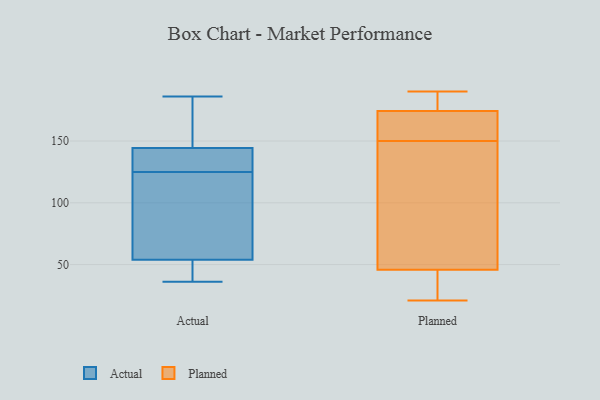
{"axis": {"x": "Market Share (%)", "y": "Value"}, "legend": ["Actual", "Planned"], "data": [{"x": "", "y": 49, "type": "Actual"}, {"x": "", "y": 39, "type": "Actual"}, {"x": "", "y": 36, "type": "Actual"}, {"x": "", "y": 179, "type": "Actual"}, {"x": "", "y": 63, "type": "Actual"}, {"x": "", "y": 57, "type": "Actual"}, {"x": "", "y": 170, "type": "Actual"}, {"x": "", "y": 139, "type": "Actual"}, {"x": "", "y": 66, "type": "Actual"}, {"x": "", "y": 53, "type": "Actual"}, {"x": "", "y": 146, "type": "Actual"}, {"x": "", "y": 139, "type": "Actual"}, {"x": "", "y": 139, "type": "Actual"}, {"x": "", "y": 125, "type": "Actual"}, {"x": "", "y": 186, "type": "Actual"}, {"x": "", "y": 183, "type": "Planned"}, {"x": "", "y": 21, "type": "Planned"}, {"x": "", "y": 190, "type": "Planned"}, {"x": "", "y": 75, "type": "Planned"}, {"x": "", "y": 169, "type": "Planned"}, {"x": "", "y": 36, "type": "Planned"}, {"x": "", "y": 25, "type": "Planned"}, {"x": "", "y": 150, "type": "Planned"}, {"x": "", "y": 172, "type": "Planned"}, {"x": "", "y": 175, "type": "Planned"}, {"x": "", "y": 81, "type": "Planned"}]}